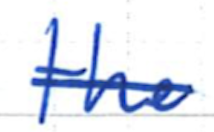
Text: the
Cross-out: single-line
Writing tool: ballpoint